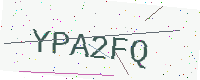
Text: YPA2FQ